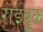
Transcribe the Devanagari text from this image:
रोईबुक